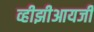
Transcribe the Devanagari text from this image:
व्हीझीआयजी